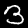
Digit: 3